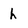
Character: h